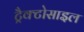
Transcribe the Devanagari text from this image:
ट्रैक्टोसाइल